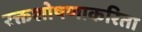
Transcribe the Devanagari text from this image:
रक्तशोषणाकरिता